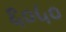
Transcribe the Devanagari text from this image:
६०५०